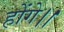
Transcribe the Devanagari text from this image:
होंगे।।